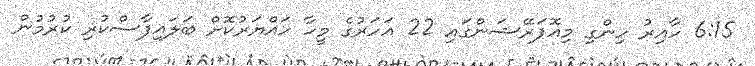
6:15 ހާއިރު ހިންގި މިއޮޕަރޭޝަންގައި 22 އަހަރުގެ މީހާ ހައްޔަރުކޮށް ބަލައިފާސްކުރި ކުރުމުން